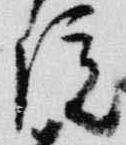
院